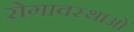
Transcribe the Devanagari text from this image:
रोगावस्थाओं